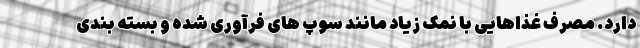
دارد. مصرف غذاهایی با نمک زیاد مانند سوپ های فرآوری شده و بسته بندی